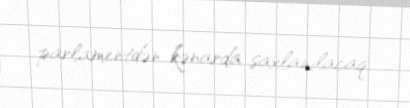
parlamentdən kənarda saxlanılacaq.